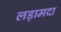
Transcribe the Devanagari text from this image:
लड़ामदा